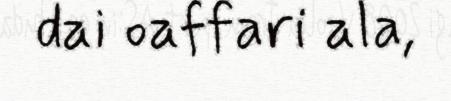
dai oaffari ala,